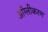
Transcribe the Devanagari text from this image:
आँग्लीकरण